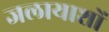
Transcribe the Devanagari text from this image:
जलायाशों